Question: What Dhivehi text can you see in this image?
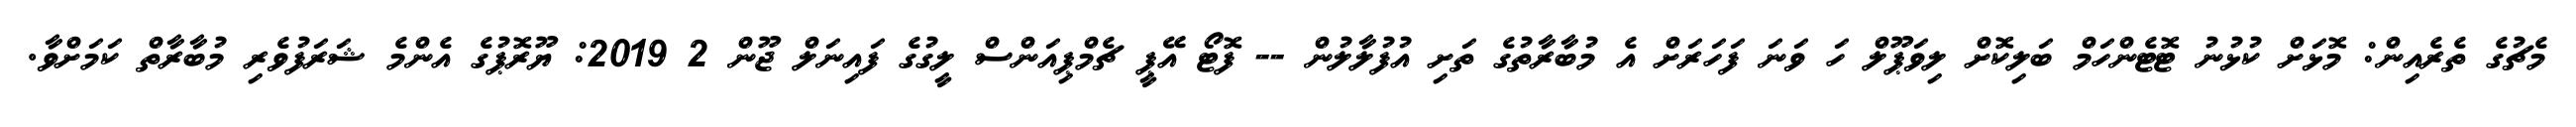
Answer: މެޗުގެ ތެރެއިން: މޮޅަށް ކުޅުނު ޓޮޓެންހަމް ބަލިކޮށް ލިވަޕޫލް ހަ ވަނަ ފަހަރަށް އެ މުބާރާތުގެ ތަށި އުފުލާލުން -- ފޮޓޯ އޭޕީ ޗެމްޕިއަންސް ލީގުގެ ފައިނަލް ޖޫން 2 2019: ޔޫރޮޕުގެ އެންމެ ޝަރަފުވެރި މުބާރާތް ކަމަށްވާ.